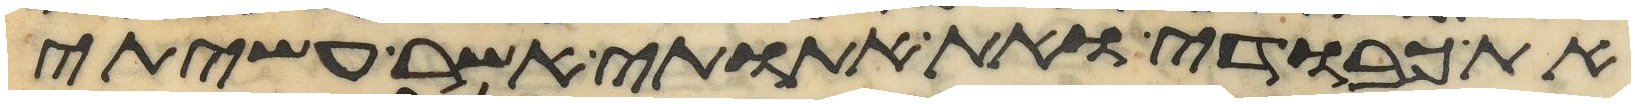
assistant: את כבודי ואת אתותי אשר עשיתי